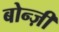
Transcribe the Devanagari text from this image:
बोन्ज़ी